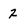
Character: 2